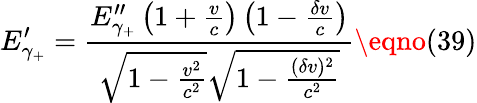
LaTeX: E_{\gamma_{+}}^{\prime}=\frac{E_{\gamma_{+}}^{\prime\prime}\left(1+\frac{v}{c}\right)\left(1-\frac{\delta v}{c}\right)}{\sqrt{1-\frac{v^{2}}{c^{2}}}\sqrt{1-\frac{(\delta v)^{2}}{c^{2}}}}\eqno(39)